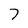
Character: 7